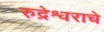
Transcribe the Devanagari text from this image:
रुद्रेश्वराचे